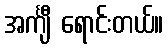
အင်္ကျီ ရောင်းတယ်။